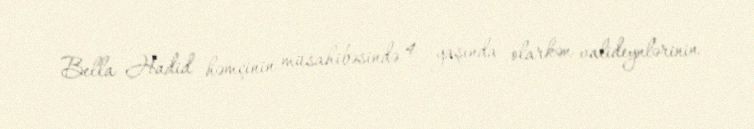
Bella Hadid həmçinin müsahibəsində 4 yaşında olarkən valideynlərinin